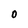
Character: O